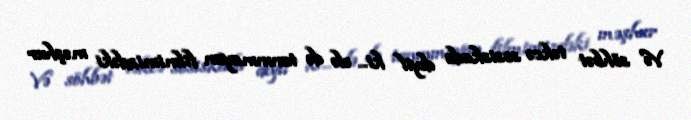
Və söhbət təkcə sosiskada deyil ki... elə də tanınmayan filmimizdəki məşhur